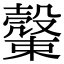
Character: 𣝝